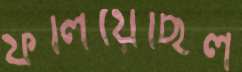
ফলিয়েছিল